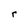
Character: r